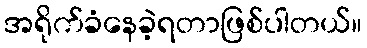
အရိုက်ခံနေခဲ့ရတာဖြစ်ပါတယ်။